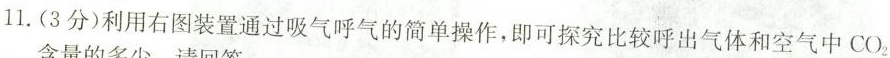
11.(3分)利用右图装置通过吸气呼气的简单操作，即可探究比较呼出气体和空气中CO_{2}